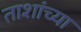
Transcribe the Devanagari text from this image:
ताशांच्या